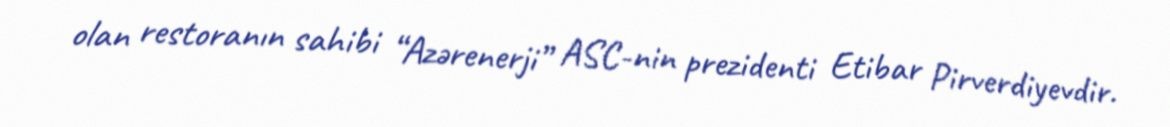
olan restoranın sahibi “Azərenerji” ASC-nin prezidenti Etibar Pirverdiyevdir.